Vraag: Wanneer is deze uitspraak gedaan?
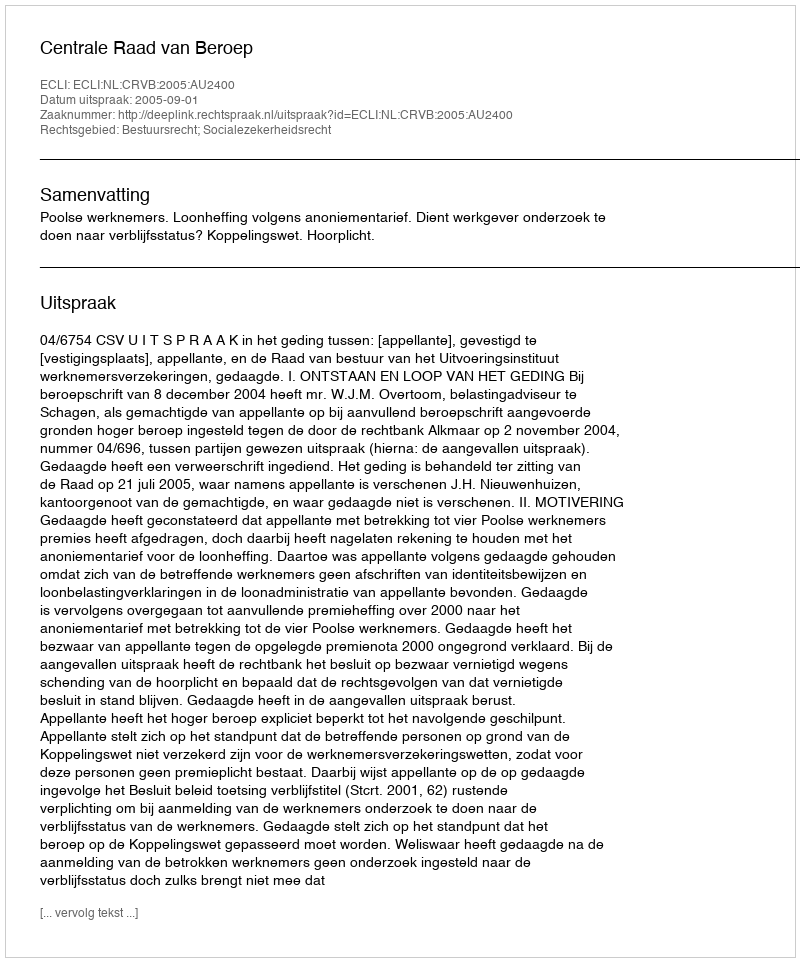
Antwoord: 2005-09-01